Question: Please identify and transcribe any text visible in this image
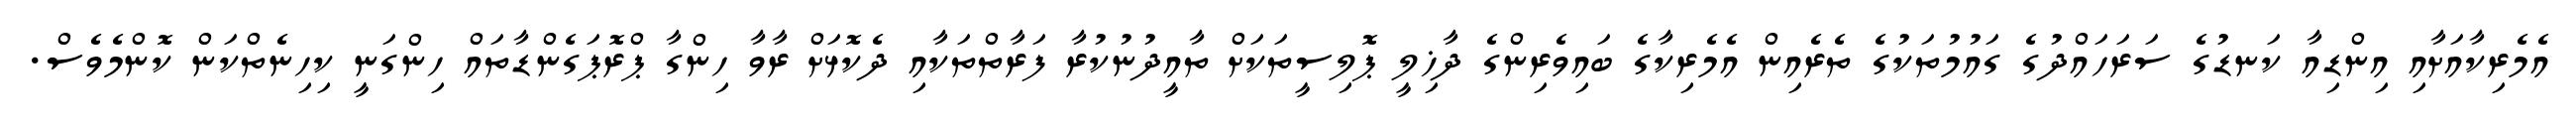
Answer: އެމެރިކާއަށާއި އިންޑިއާ ކަނޑުގެ ސަރަހައްދުގެ ގައުމުތަކުގެ ތެރެއިން އެމެރިކާގެ ބައިވެރިންގެ ދާޚިލީ ޕޮލިސީތަކަށް ތާއީދުނުކުރާ ފަރާތްތަކާއި ދެކޮޅަށް ރާވާ ހިންގާ ޕްރޮޕަގެންޑާތައް ހިންގަނީ ކިހިނެތްކަން ކޮންމެވެސް.